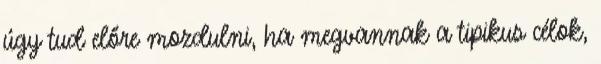
úgy tud előre mozdulni, ha megvannak a tipikus célok,